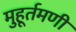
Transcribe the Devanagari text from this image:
मुहूर्तमणी